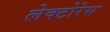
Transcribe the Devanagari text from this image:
लेक्टोरेस